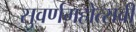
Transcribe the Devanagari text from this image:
सुवर्णमहोत्‍सवी